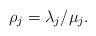
LaTeX: \begin{align*} \rho_j=\lambda_j/\mu_j. \end{align*}